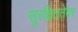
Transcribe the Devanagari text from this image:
सुरक्षिततेवर